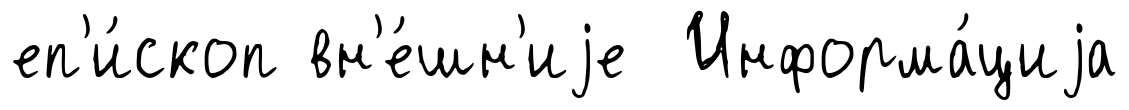
еп'и́скоп вн'е́шн'иjе Информа́циjа